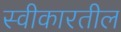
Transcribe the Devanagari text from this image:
स्वीकारतील